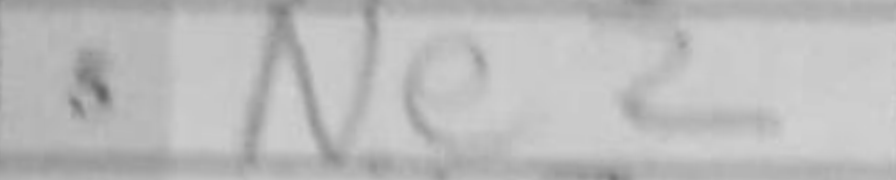
Transcription: Ne2